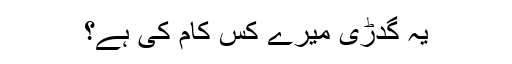
یہ گدڑی میرے کس کام کی ہے؟